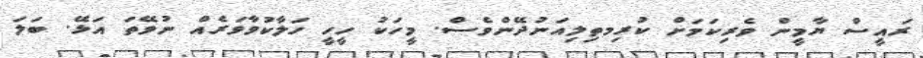
ރައީސް ޔާމީން ވެރިކަމަށް ކުރިމތިލިއަނުދޭންވެސް. މީހަކު ހީހީ ހަލާކުވާވަރެއް ނުވޭތަ އަޅޭ. ބަލަ